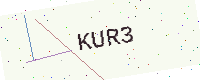
Text: KUR3